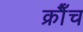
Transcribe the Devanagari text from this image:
क्रौँच